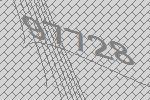
97728